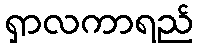
ရှာလကာရည်